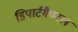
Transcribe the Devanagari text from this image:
डिपार्टमैण्टल